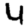
Digit: 4